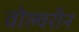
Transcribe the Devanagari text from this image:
वोल्वरीन